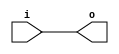
module io_block (
    input wire i,
    output reg o
);

always @ (i)
    begin
        o <= i;
    end

endmodule